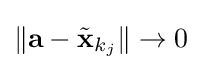
\|\mathbf {a} -{\tilde {\mathbf {x} }}_{k_{j}}\|\to 0